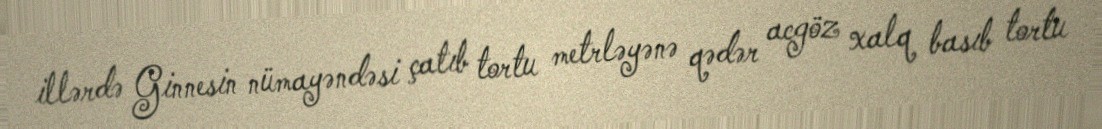
illərdə Ginnesin nümayəndəsi çatıb tortu metrləyənə qədər acgöz xalq basıb tortu